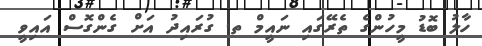
ހާލު ބޮޑު މީހުންގެ ތެރޭގައި ނައީމް ތ. ގުރައިދު އަށް ގެންގޮސް އައިވީ